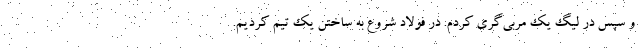
و سپس در لیگ یک مربی‌گری کردم. در فولاد شروع به ساختن یک تیم کردیم.